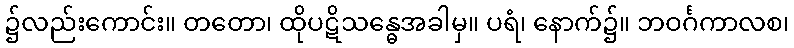
၌လည်းကောင်း။ တတော၊ ထိုပဋိသန္ဓေအခါမှ။ ပရံ၊ နောက်၌။ ဘဝင်္ဂကာလစ၊